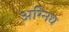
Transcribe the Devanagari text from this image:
अग्निध